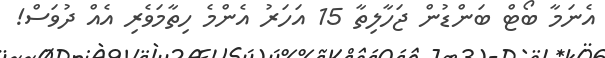
އެނަމާ ބޯޓް ބަންޑުން ޖަހާލިތާ 15 އަހަރު އެންމެ ހިތާމަވެރި އެއް ދުވަސް!